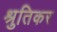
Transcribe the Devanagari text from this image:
श्रुतिकर